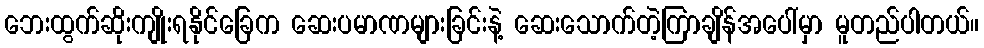
ဘေးထွက်ဆိုးကျိုးရနိုင်ခြေက ဆေးပမာဏများခြင်းနဲ့ ဆေးသောက်တဲ့ကြာချိန်အပေါ်မှာ မူတည်ပါတယ်။